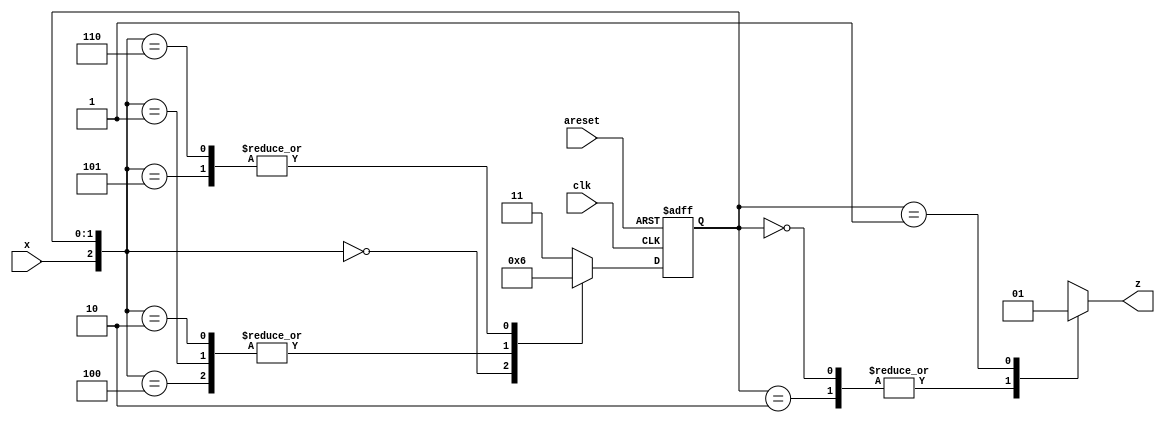
/*

Copyright 2022 Marc Ketel
SPDX-License-Identifier: Apache-2.0

*/

`default_nettype none

module top_module (
    input  wire clk,
    input  wire areset,
    input  wire x,
    output reg  z
);

  parameter STATE_A = 2'b00;
  parameter STATE_B = 2'b01;
  parameter STATE_C = 2'b10;
  parameter STATE_ILLEGAL = 2'b11;

  reg [1:0] state, next_state = STATE_A;

  //Determine next state.
  always @(*) begin
    casez ({
      x, state
    })
      {1'b0, STATE_A} : next_state = STATE_A;
      {1'b1, STATE_A} : next_state = STATE_B;
      {1'b0, STATE_B} : next_state = STATE_B;
      {1'b1, STATE_B} : next_state = STATE_C;
      {1'b0, STATE_C} : next_state = STATE_B;
      {1'b1, STATE_C} : next_state = STATE_C;
      default: next_state = STATE_ILLEGAL;
    endcase
  end

  //State transition.
  always @(posedge clk, posedge areset) begin
    if (areset) state <= STATE_A;
    else if (clk) state <= next_state;
  end

  //Determine output.
  always @(*) begin
    case (state)
      STATE_A, STATE_C: z = 1'b0;
      STATE_B: z = 1'b1;
      default: z = 1'bx;
    endcase
  end

endmodule